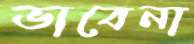
ভাবেনা